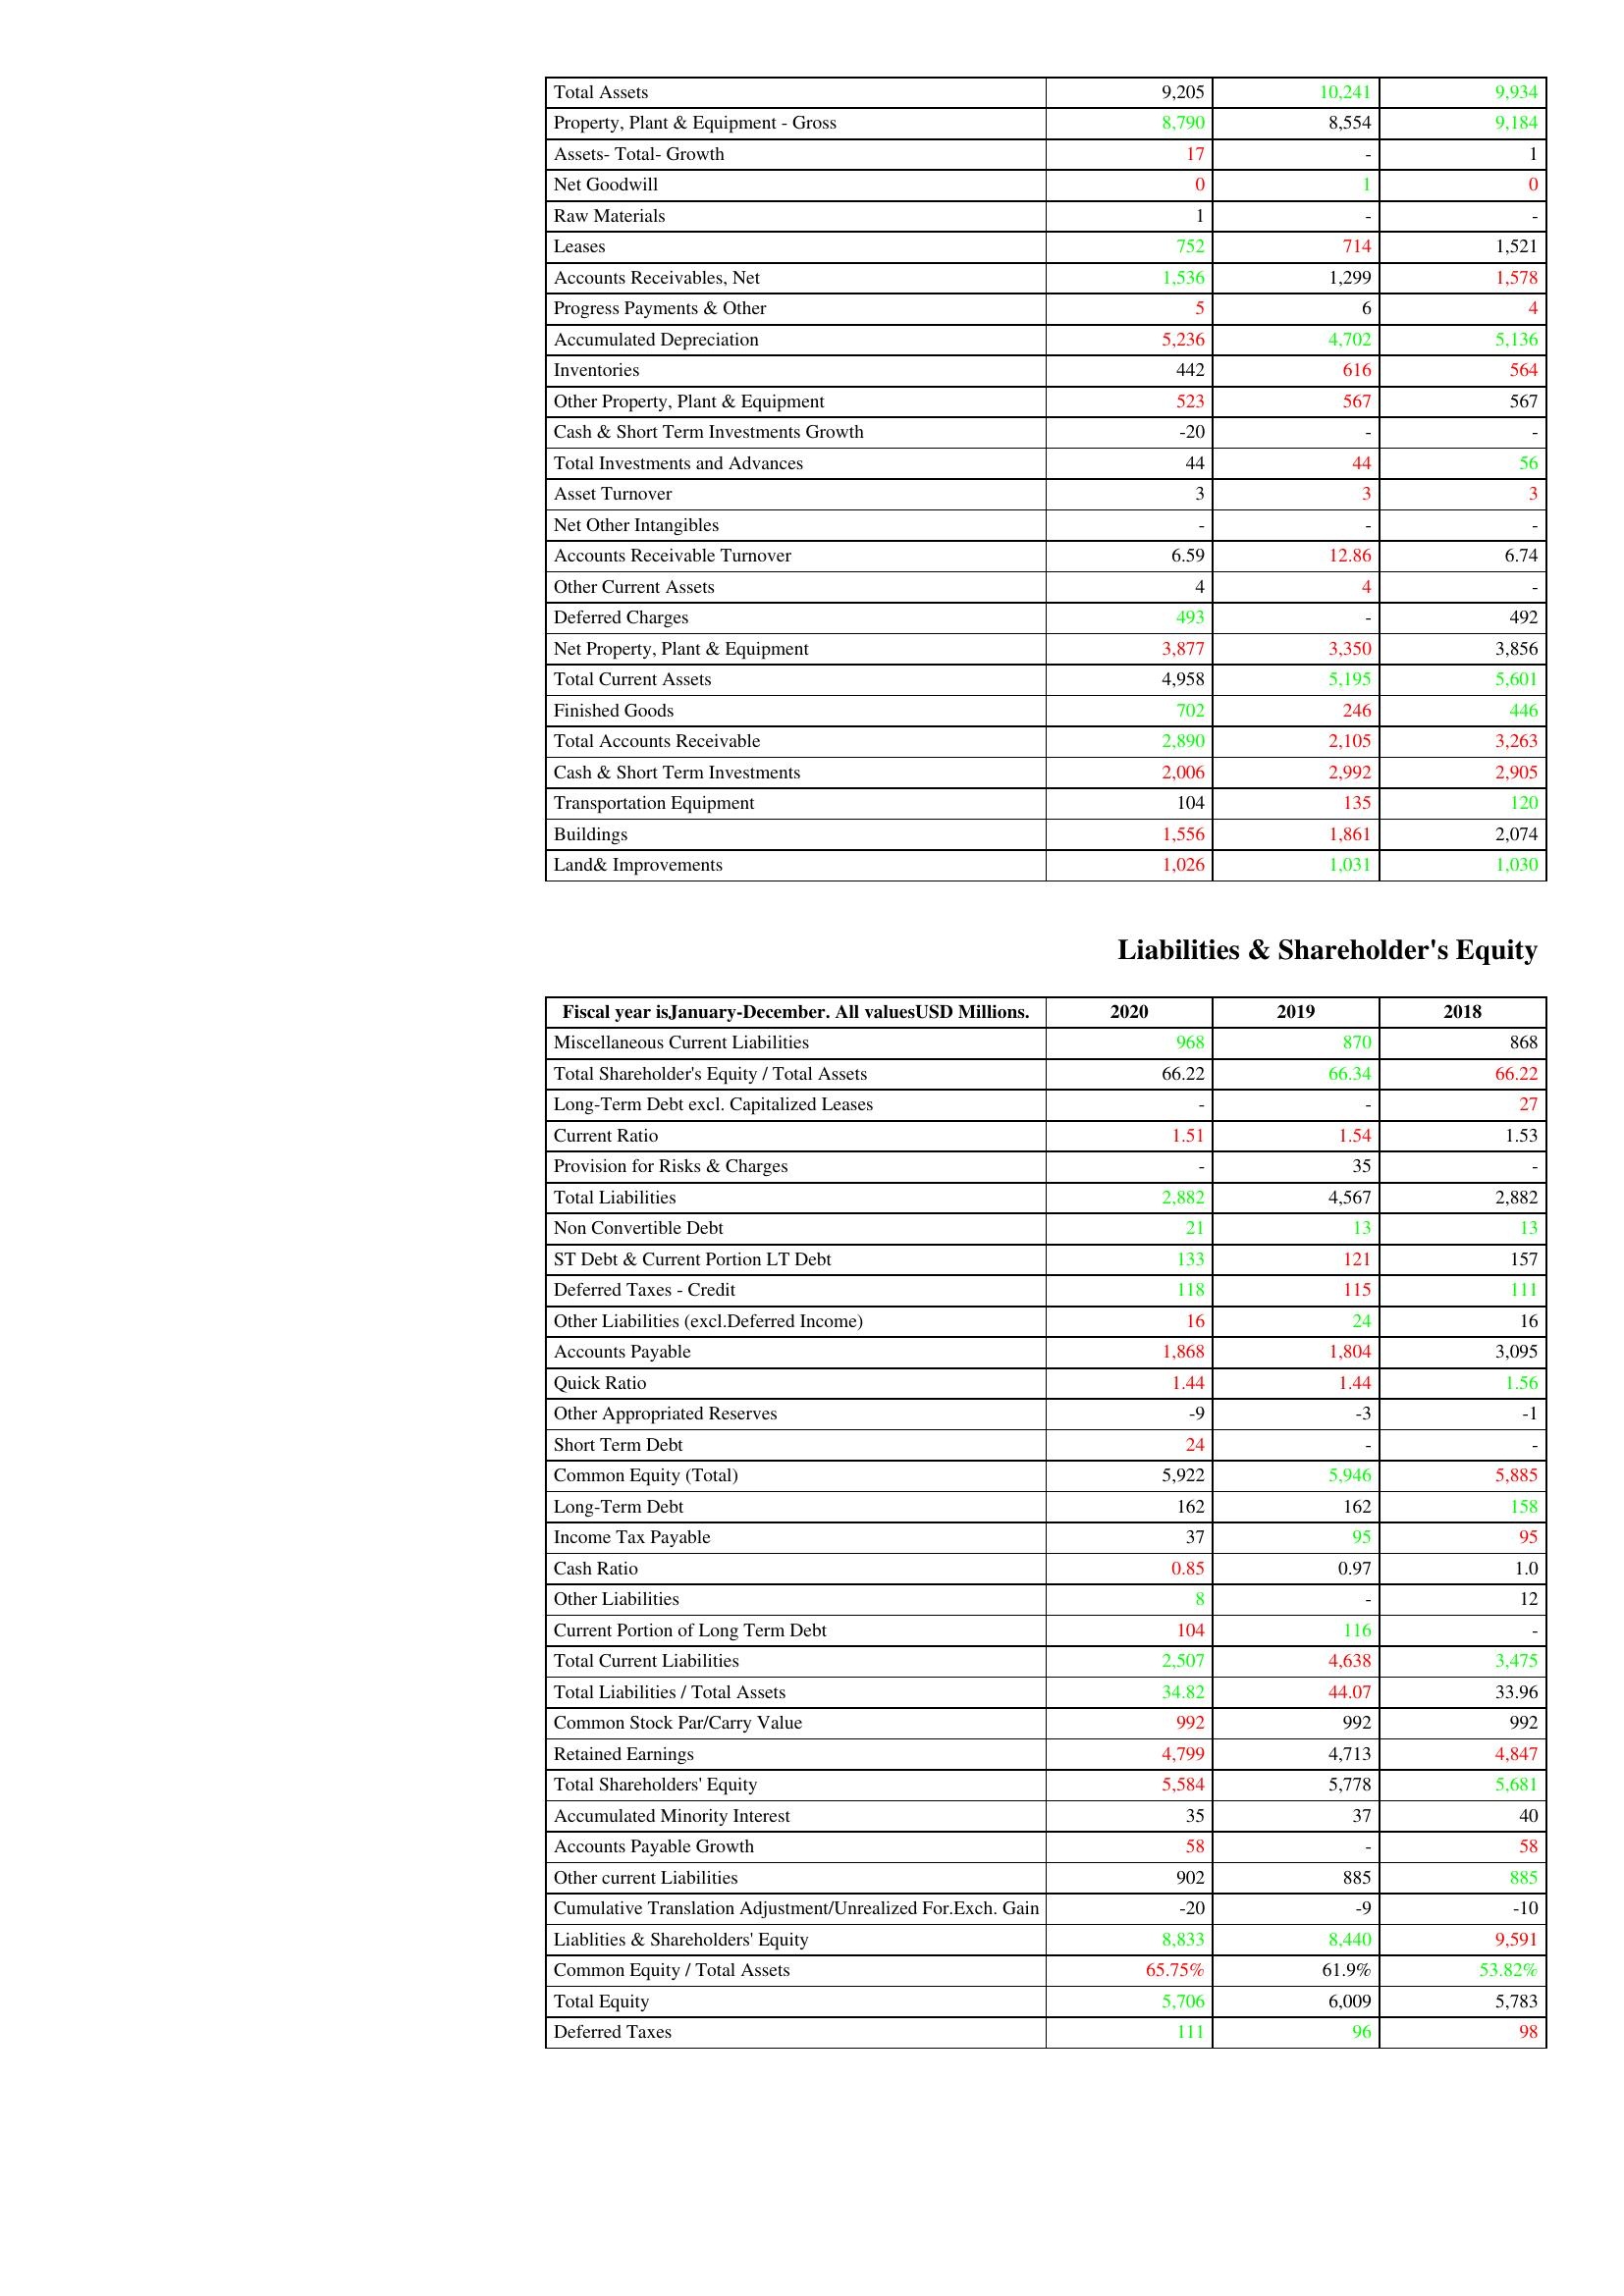
gt_parse: 2020: Assets: Total Assets: 9,205
Property, Plant & Equipment - Gross : 8,790
Assets- Total- Growth: 17
Net Goodwill: 0
Raw Materials: 1
Leases: 752
Accounts Receivables, Net: 1,536
Progress Payments & Other: 5
Accumulated Depreciation: 5,236
Inventories: 442
Other Property, Plant & Equipment: 523
Cash & Short Term Investments Growth: -20
Total Investments and Advances: 44
Asset Turnover: 3
Net Other Intangibles: -
Accounts Receivable Turnover: 6.59
Other Current Assets: 4
Deferred Charges: 493
Net Property, Plant & Equipment: 3,877
Total Current Assets: 4,958
Finished Goods: 702
Total Accounts Receivable: 2,890
Cash & Short Term Investments: 2,006
Transportation Equipment: 104
Buildings: 1,556
Land& Improvements: 1,026
Liabilities & Shareholder's Equity: Miscellaneous Current Liabilities: 968
Total Shareholder's Equity / Total Assets: 66.22
Long-Term Debt excl. Capitalized Leases: -
Current Ratio: 1.51
Provision for Risks & Charges: -
Total Liabilities: 2,882
Non Convertible Debt: 21
ST Debt & Current Portion LT Debt: 133
Deferred Taxes - Credit: 118
Other Liabilities (excl.Deferred Income): 16
Accounts Payable: 1,868
Quick Ratio: 1.44
Other Appropriated Reserves: -9
Short Term Debt: 24
Common Equity (Total): 5,922
Long-Term Debt: 162
Income Tax Payable: 37
Cash Ratio: 0.85
Other Liabilities: 8
Current Portion of Long Term Debt: 104
Total Current Liabilities: 2,507
Total Liabilities / Total Assets: 34.82
Common Stock Par/Carry Value: 992
Retained Earnings: 4,799
Total Shareholders' Equity: 5,584
Accumulated Minority Interest: 35
Accounts Payable Growth: 58
Other current Liabilities: 902
Cumulative Translation Adjustment/Unrealized For.Exch. Gain: -20
Liablities & Shareholders' Equity: 8,833
Common Equity / Total Assets: 65.75%
Total Equity: 5,706
Deferred Taxes: 111
2019: Assets: Total Assets: 10,241
Property, Plant & Equipment - Gross : 8,554
Assets- Total- Growth: -
Net Goodwill: 1
Raw Materials: -
Leases: 714
Accounts Receivables, Net: 1,299
Progress Payments & Other: 6
Accumulated Depreciation: 4,702
Inventories: 616
Other Property, Plant & Equipment: 567
Cash & Short Term Investments Growth: -
Total Investments and Advances: 44
Asset Turnover: 3
Net Other Intangibles: -
Accounts Receivable Turnover: 12.86
Other Current Assets: 4
Deferred Charges: -
Net Property, Plant & Equipment: 3,350
Total Current Assets: 5,195
Finished Goods: 246
Total Accounts Receivable: 2,105
Cash & Short Term Investments: 2,992
Transportation Equipment: 135
Buildings: 1,861
Land& Improvements: 1,031
Liabilities & Shareholder's Equity: Miscellaneous Current Liabilities: 870
Total Shareholder's Equity / Total Assets: 66.34
Long-Term Debt excl. Capitalized Leases: -
Current Ratio: 1.54
Provision for Risks & Charges: 35
Total Liabilities: 4,567
Non Convertible Debt: 13
ST Debt & Current Portion LT Debt: 121
Deferred Taxes - Credit: 115
Other Liabilities (excl.Deferred Income): 24
Accounts Payable: 1,804
Quick Ratio: 1.44
Other Appropriated Reserves: -3
Short Term Debt: -
Common Equity (Total): 5,946
Long-Term Debt: 162
Income Tax Payable: 95
Cash Ratio: 0.97
Other Liabilities: -
Current Portion of Long Term Debt: 116
Total Current Liabilities: 4,638
Total Liabilities / Total Assets: 44.07
Common Stock Par/Carry Value: 992
Retained Earnings: 4,713
Total Shareholders' Equity: 5,778
Accumulated Minority Interest: 37
Accounts Payable Growth: -
Other current Liabilities: 885
Cumulative Translation Adjustment/Unrealized For.Exch. Gain: -9
Liablities & Shareholders' Equity: 8,440
Common Equity / Total Assets: 61.9%
Total Equity: 6,009
Deferred Taxes: 96
2018: Assets: Total Assets: 9,934
Property, Plant & Equipment - Gross : 9,184
Assets- Total- Growth: 1
Net Goodwill: 0
Raw Materials: -
Leases: 1,521
Accounts Receivables, Net: 1,578
Progress Payments & Other: 4
Accumulated Depreciation: 5,136
Inventories: 564
Other Property, Plant & Equipment: 567
Cash & Short Term Investments Growth: -
Total Investments and Advances: 56
Asset Turnover: 3
Net Other Intangibles: -
Accounts Receivable Turnover: 6.74
Other Current Assets: -
Deferred Charges: 492
Net Property, Plant & Equipment: 3,856
Total Current Assets: 5,601
Finished Goods: 446
Total Accounts Receivable: 3,263
Cash & Short Term Investments: 2,905
Transportation Equipment: 120
Buildings: 2,074
Land& Improvements: 1,030
Liabilities & Shareholder's Equity: Miscellaneous Current Liabilities: 868
Total Shareholder's Equity / Total Assets: 66.22
Long-Term Debt excl. Capitalized Leases: 27
Current Ratio: 1.53
Provision for Risks & Charges: -
Total Liabilities: 2,882
Non Convertible Debt: 13
ST Debt & Current Portion LT Debt: 157
Deferred Taxes - Credit: 111
Other Liabilities (excl.Deferred Income): 16
Accounts Payable: 3,095
Quick Ratio: 1.56
Other Appropriated Reserves: -1
Short Term Debt: -
Common Equity (Total): 5,885
Long-Term Debt: 158
Income Tax Payable: 95
Cash Ratio: 1.0
Other Liabilities: 12
Current Portion of Long Term Debt: -
Total Current Liabilities: 3,475
Total Liabilities / Total Assets: 33.96
Common Stock Par/Carry Value: 992
Retained Earnings: 4,847
Total Shareholders' Equity: 5,681
Accumulated Minority Interest: 40
Accounts Payable Growth: 58
Other current Liabilities: 885
Cumulative Translation Adjustment/Unrealized For.Exch. Gain: -10
Liablities & Shareholders' Equity: 9,591
Common Equity / Total Assets: 53.82%
Total Equity: 5,783
Deferred Taxes: 98